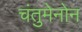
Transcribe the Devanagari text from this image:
चंतुमेनोन